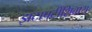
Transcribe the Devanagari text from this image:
झटापटींशिवाय